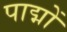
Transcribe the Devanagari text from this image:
पाद्मों